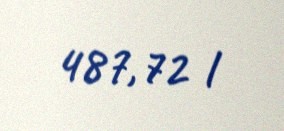
487,72 l